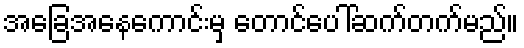
အခြေအနေကောင်းမှ တောင်ပေါ်ဆက်တက်မည်။